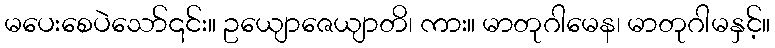
မပေးစေပဲသော်၎င်း။ ဥယျောဇေယျာတိ၊ ကား။ မာတုဂါမေန၊ မာတုဂါမနှင့်။